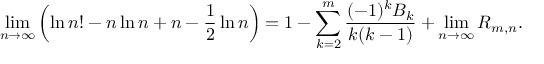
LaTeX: \operatorname* { l i m } _ { n \to \infty } \left( \ln n ! - n \ln n + n - { \frac { 1 } { 2 } } \ln n \right) = 1 - \sum _ { k = 2 } ^ { m } { \frac { ( - 1 ) ^ { k } B _ { k } } { k ( k - 1 ) } } + \operatorname* { l i m } _ { n \to \infty } R _ { m , n } .